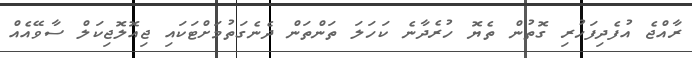
ރާއްޖެ އުފެދިފަހުރި ގޮތުން ތެޔޮ ހުރެދާނެ ކަހަލަ ތަންތަން ދެނެގަތުމަށްޓަކައި ޖިއޮލޮޖިކަލް ސާވޭއެއް